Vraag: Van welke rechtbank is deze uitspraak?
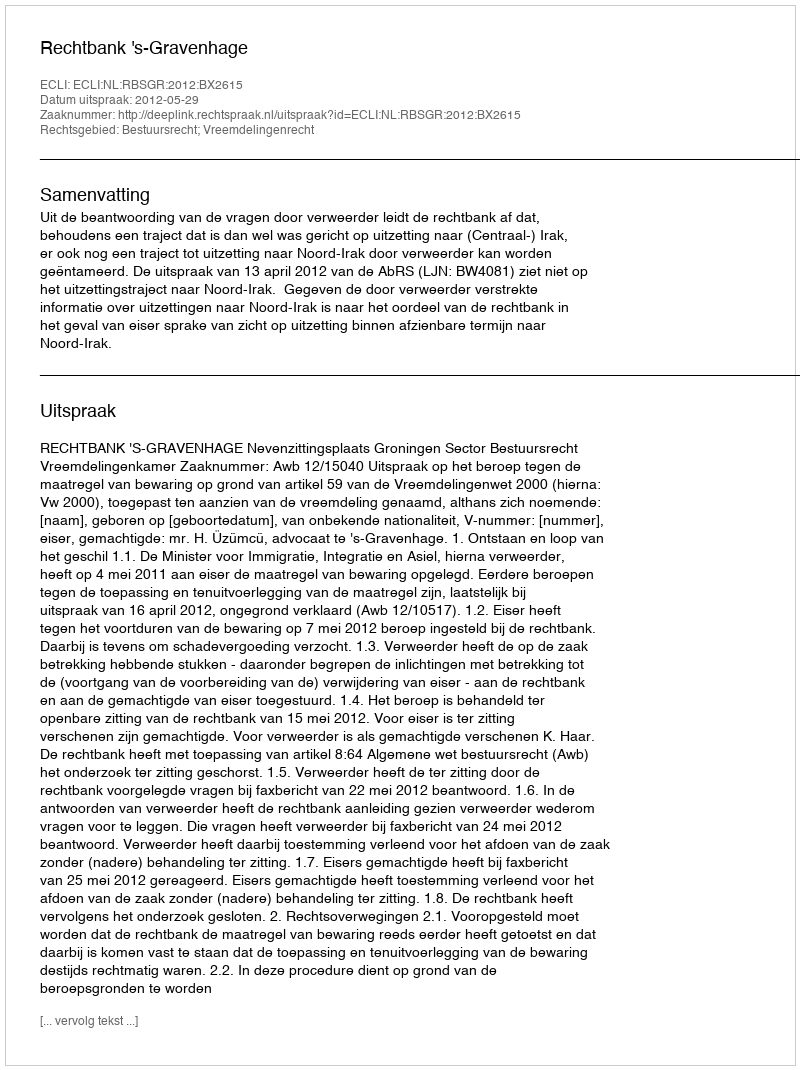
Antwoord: Rechtbank 's-Gravenhage